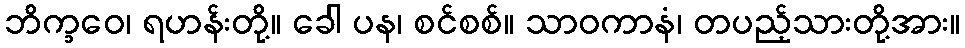
ဘိက္ခဝေ၊ ရဟန်းတို့။ ခေါ ပန၊ စင်စစ်။ သာဝကာနံ၊ တပည့်သားတို့အား။